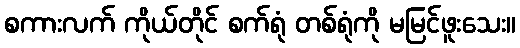
စကားလက် ကိုယ်တိုင် စက်ရုံ တစ်ရုံကို မမြင်ဖူးသေး။